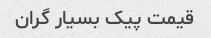
قیمت پیک بسیار گران